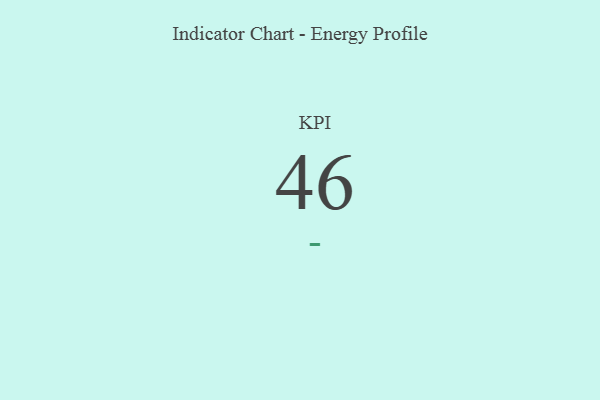
{"axis": {"x": "KPI", "y": "Value"}, "legend": [""], "data": [{"x": "KPI", "y": 46, "type": ""}]}